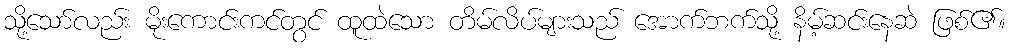
သို့သော်လည်း မိုးကောင်းကင်တွင် ထူထဲသော တိမ်လိပ်များသည် အောက်ဘက်သို့ နိမ့်ဆင်းနေဆဲ ဖြစ်၏။